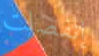
إنفصلت